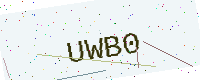
Text: UWB0